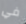
في